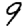
Digit: 9